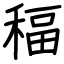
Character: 稫